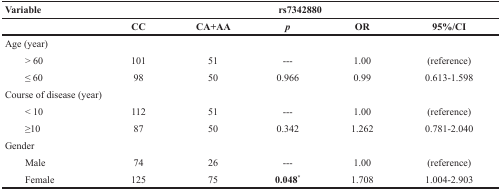
<table><thead><tr><td><b>Variable</b></td><td colspan="5"><b>rs7342880</b></td></tr><tr><td></td><td><b>CC</b></td><td><b>CA+AA</b></td><td><b><i>p</i></b></td><td><b>OR</b></td><td><b>95%/CI</b></td></tr></thead><tbody><tr><td>Age (year)</td><td colspan="5"></td></tr><tr><td>&gt; 60</td><td>101</td><td>51</td><td>---</td><td>1.00</td><td>(reference)</td></tr><tr><td>≤ 60</td><td>98</td><td>50</td><td>0.966</td><td>0.99</td><td>0.613-1.598</td></tr><tr><td>Course of disease (year)</td><td colspan="5"></td></tr><tr><td>&lt; 10</td><td>112</td><td>51</td><td>---</td><td>1.00</td><td>(reference)</td></tr><tr><td>≥10</td><td>87</td><td>50</td><td>0.342</td><td>1.262</td><td>0.781-2.040</td></tr><tr><td>Gender</td><td colspan="5"></td></tr><tr><td>Male</td><td>74</td><td>26</td><td>---</td><td>1.00</td><td>(reference)</td></tr><tr><td>Female</td><td>125</td><td>75</td><td><b>0.048<sup>*</sup></b></td><td>1.708</td><td>1.004-2.903</td></tr></tbody></table>